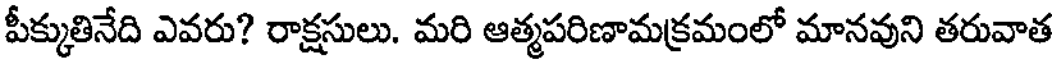
పీక్కుతినేది ఎవరు? రాక్షసులు. మరి ఆత్మపరిణామక్రమంలో మానవుని తరువాత